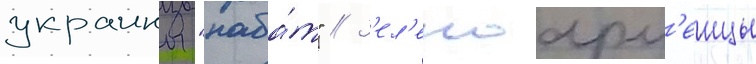
украины "наба́т" // З'ел'еноарм'еицы